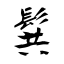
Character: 髸